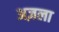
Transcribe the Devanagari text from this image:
अज़ला